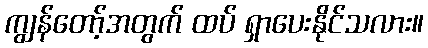
ကျွန်တော့်အတွက် ထပ် ရှာပေးနိုင်သလား။